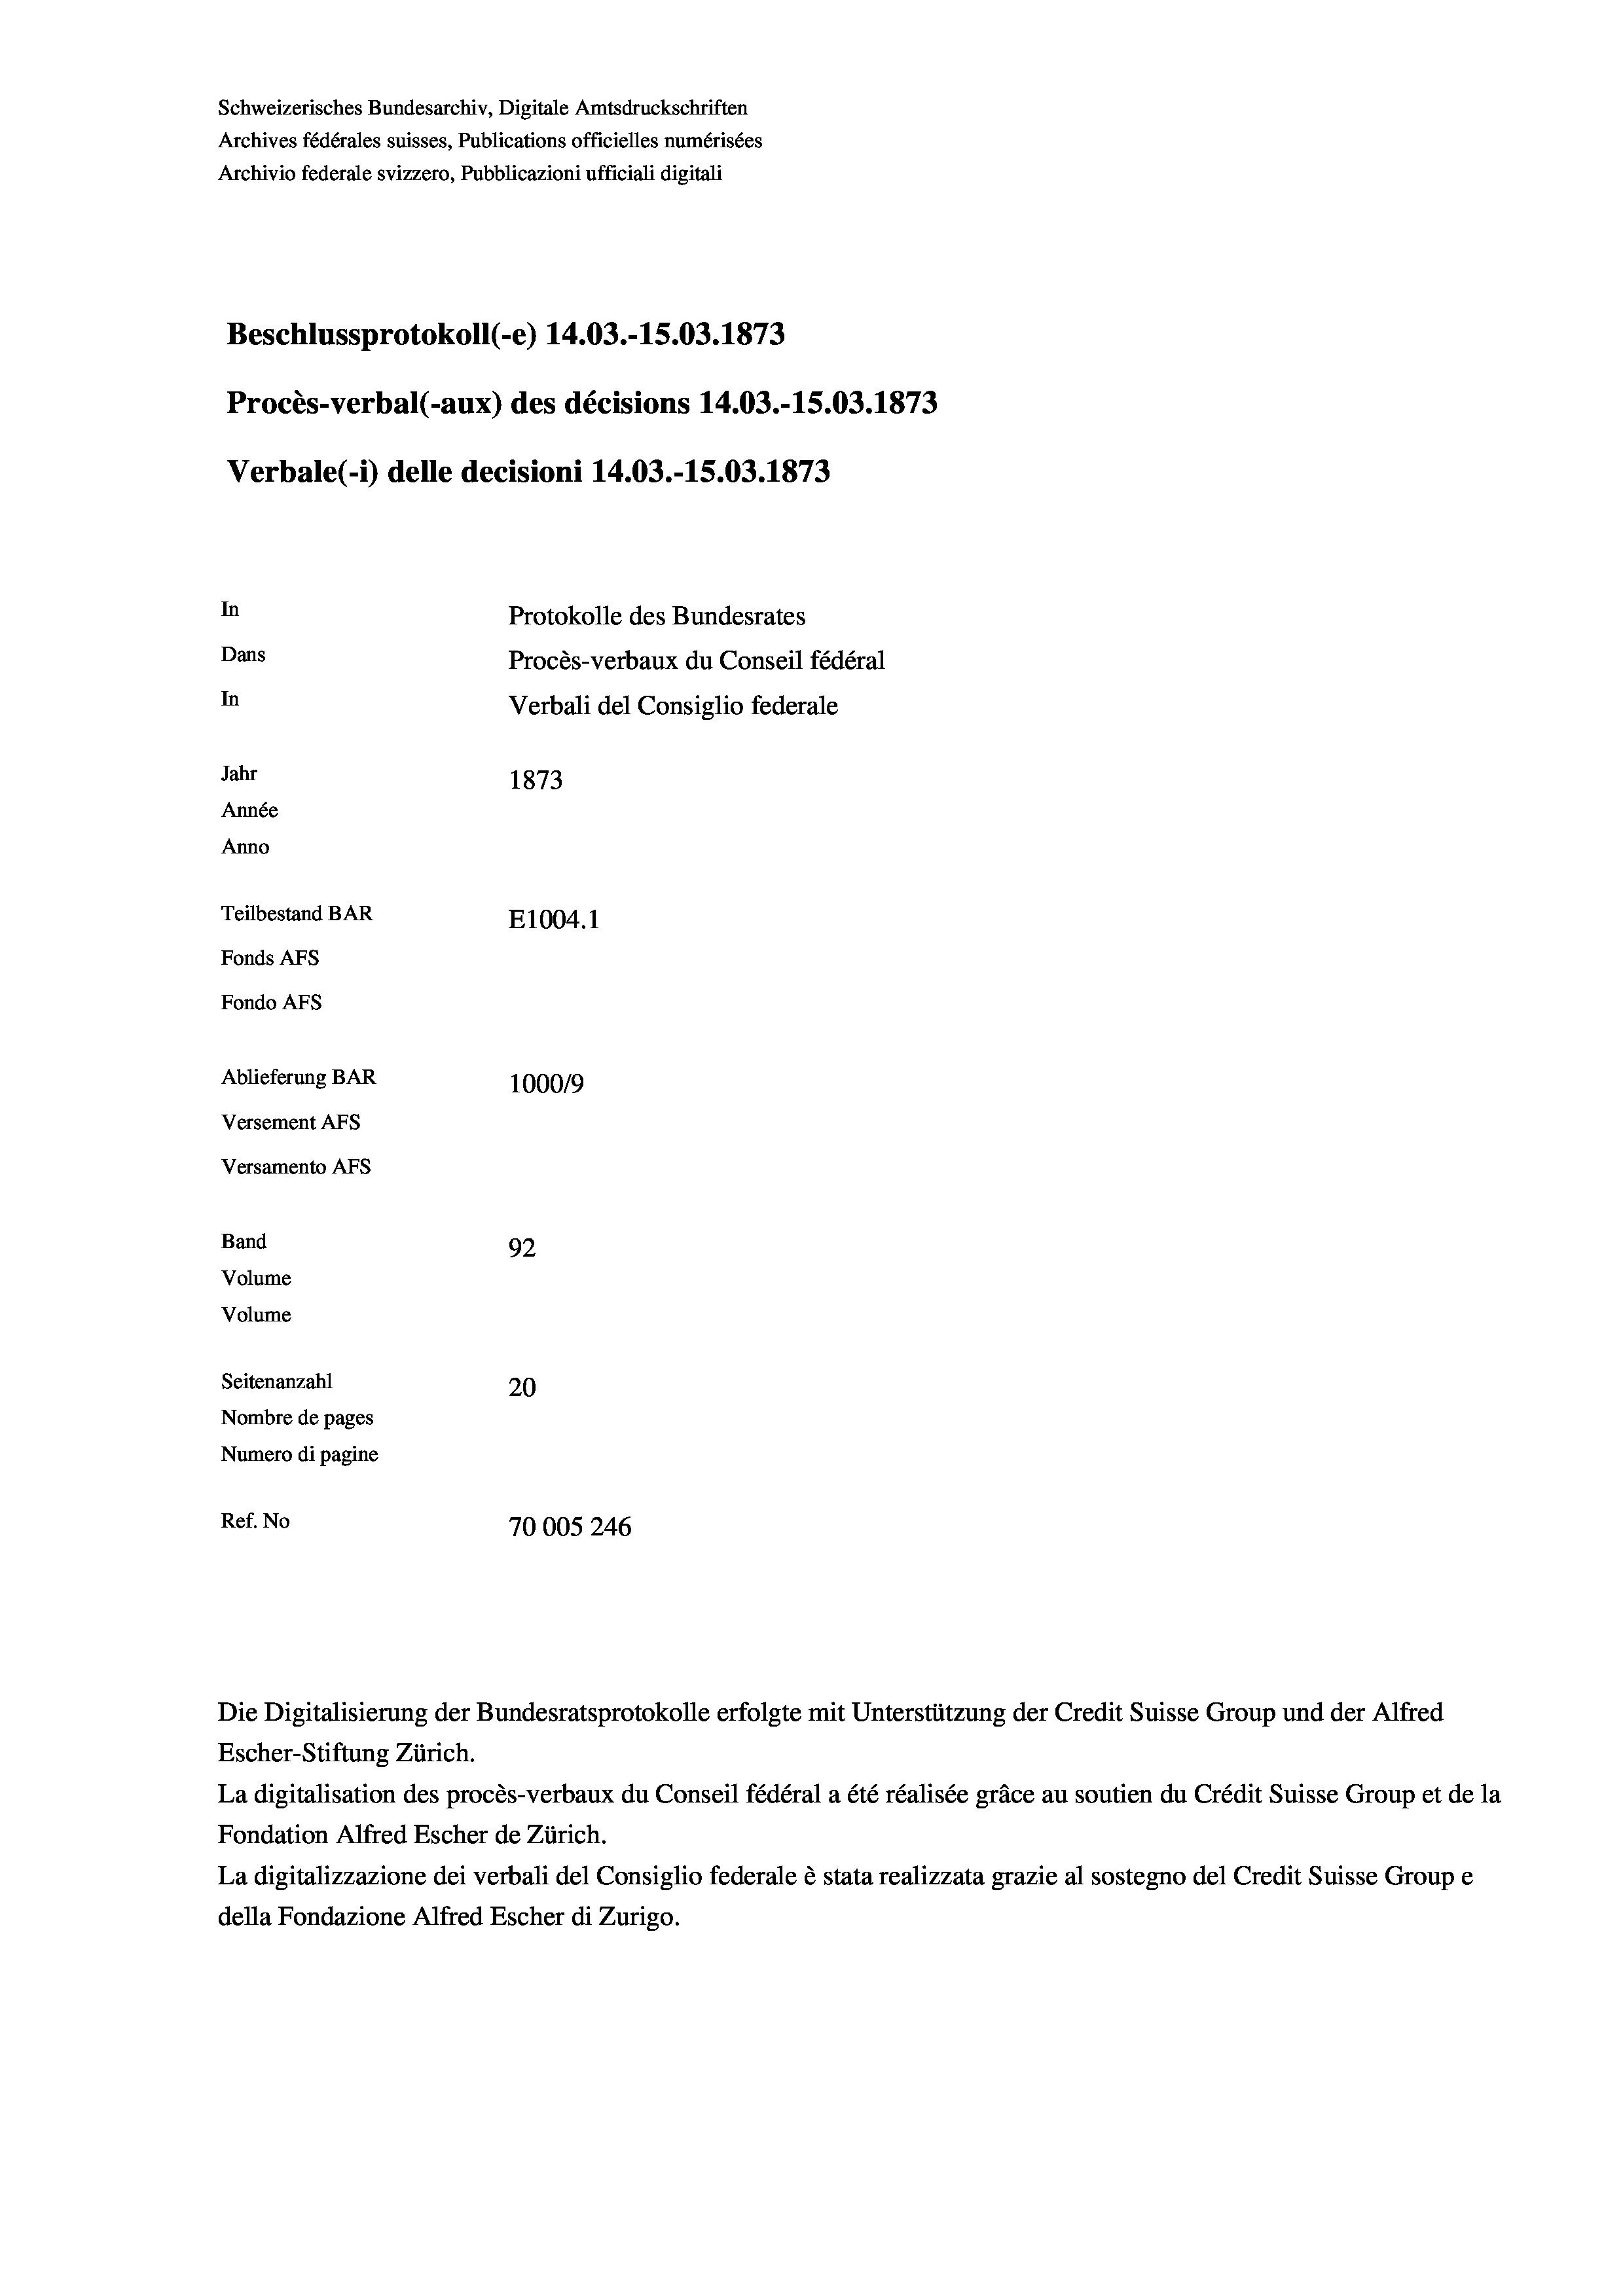
Schweizerisches Bundesarchiv, Digitale Amtsdruckschriften
Archives fédérales suisses, Publications officielles numérisées
Archivio federale svizzero, Pubblicazioni ufficiali digitali
Beschlussprotokoll (-e) 14.03.-15.03. 1873
Procès-verbal (-aux) des décisions 14.03.-15.03. 1873
Verbale (- 1) delle decisioni 14.03.-15.03. 1873
In
Protokolle des Bundesrates
Dans
Procès-verbaux du Conseil fédéral
In
Verbali del Consiglio federale
Jahr
1873
Année
Anno
Teilbestand BAR
E1004. 1
Fonds AFs
Fondo AFs
Ablieferung BAR
100019
Versement AFs
Versamento AFs
Band
92
Volume
Volume
Seitenanzahl
20
Nombre de pages
Numero di pagine
Ref. No
70005246

Die Digitalisierung der Bundesratsprotokolle erfolgte mit Unterstützung der Credit Suisse Group und der Alfred
Escher-Stiftung Zürich.
La digitalisation des procès-verbaux du Conseil fédéral a été réalisée gräce au soutien du Crédit Suisse Group et de la
Fondation Alfred Escher de Zürich.
La digitalizzazione dei verbali del Consiglio federale è stata realizzata grazie al sostegno del Credit Suisse Groupe
della Fondazione Alfred Escher di Zurigo.